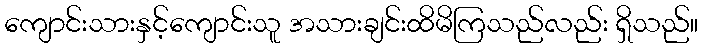
ကျောင်းသားနှင့်ကျောင်းသူ အသားချင်းထိမိကြသည်လည်း ရှိသည်။